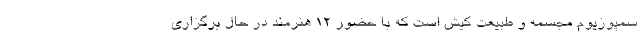
سمپوزیوم مجسمه و طبیعت کیش است که با حضور 12 هنرمند در حال برگزاری